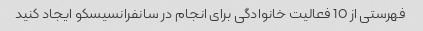
فهرستی از 10 فعالیت خانوادگی برای انجام در سانفرانسیسکو ایجاد کنید